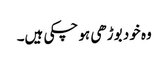
وہ خود بوڑھی ہو چکی ہیں۔